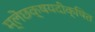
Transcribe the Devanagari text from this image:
म्लेंछक्षयदीक्षित